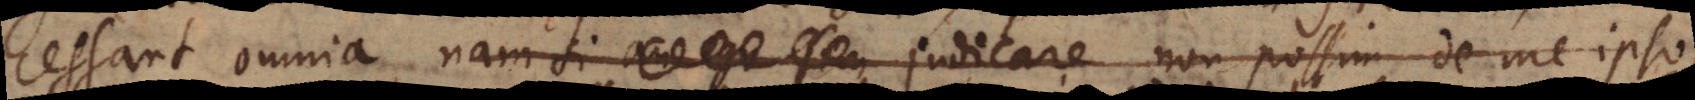
si an ego sim judicare non possim de me ipso;